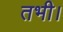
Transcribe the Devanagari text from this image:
तभी।